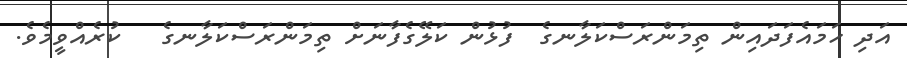
އަދި ހަމައެފަދައިން ތިމަންރަސްކަލާނގެ  ފުޅުން ކަލޭގެފާނަށް ތިމަންރަސްކަލާނގެ   ކުރެއްވީމެވެ.